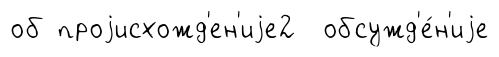
об проjисхожд'ен'иjе2 обсужд'е́н'иjе